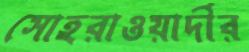
সোহরাওয়ার্দীর